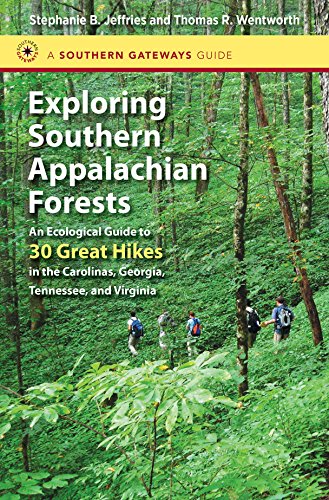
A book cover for Exploring Southern Appalachian Forests: An Ecological Guide to 30 Great Hikes in the Carolinas, Georgia, Tennessee, and Virginia (Southern Gateways Guides); Stephanie B. Jeffries; Science & Math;